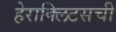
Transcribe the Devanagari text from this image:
हेराक्लिटसची